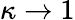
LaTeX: \kappa\rightarrow 1